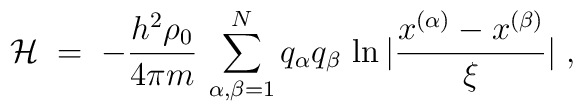
{\mathcal H}\;=\; - \frac{h^2\rho_0}{4\pi m}\, \sum_{\alpha,\beta=1}^N q_\alpha q_\beta \, \ln |\frac{x^{(\alpha)} - x^{(\beta)}}{\xi}| \;,